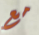
مع